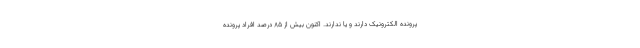
پرونده الکترونیک دارند و یا ندارند. اکنون بیش از ۸۵ درصد افراد پرونده